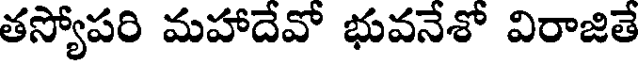
తస్యోపరి మహాదేవో భువనేశో విరాజితే